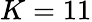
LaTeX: K=11